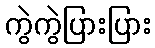
ကွဲကွဲပြားပြား